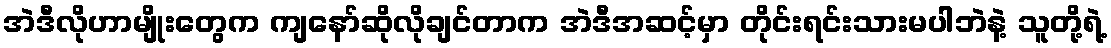
အဲဒီလိုဟာမျိုးတွေက ကျနော်ဆိုလိုချင်တာက အဲဒီအဆင့်မှာ တိုင်းရင်းသားမပါဘဲနဲ့ သူတို့ရဲ့